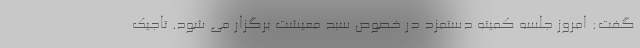
گفت: امروز جلسه کمیته دستمزد در خصوص سبد معیشت برگزار می شود. تاجیک